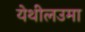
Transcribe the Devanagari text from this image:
येथीलउमा